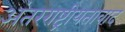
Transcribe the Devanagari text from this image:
अंतरराष्ट्रीयतावाद